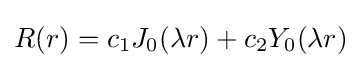
R(r)=c_{1}J_{0}(\lambda r)+c_{2}Y_{0}(\lambda r)